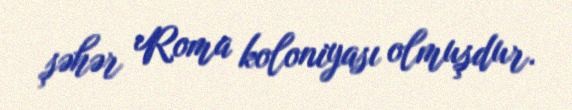
şəhər Roma koloniyası olmuşdur.